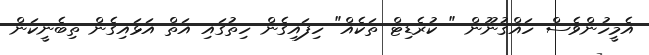
އެމީހުންވެސް ހައްޤުނޫން " ކުރެޑިޓް ތަކެއް" ހިފައިގެން ހިތުގައި އަތް އަޅައިގެން ތިބެނީކަން